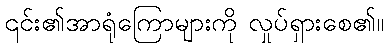
၎င်း၏အာရုံကြောများကို လှုပ်ရှားစေ၏။